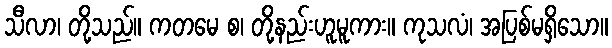
သီလာ၊ တို့သည်။ ကတမေ စ၊ တို့နည်းဟူမူကား။ ကုသလံ၊ အပြစ်မရှိသော။